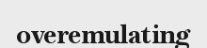
overemulating